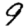
Digit: 9